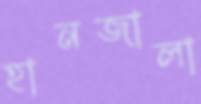
হানজালা